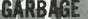
GARBAGE